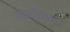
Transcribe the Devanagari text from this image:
फिरविल्यास